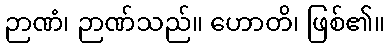
ဉာဏံ၊ ဉာဏ်သည်။ ဟောတိ၊ ဖြစ်၏။